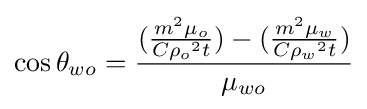
\cos \theta _{wo}={{({{m^{2}\mu _{o}} \over {C{\rho _{o}}^{2}t}})-({{m^{2}\mu _{w}} \over {C{\rho _{w}}^{2}t}})} \over \mu _{wo}}